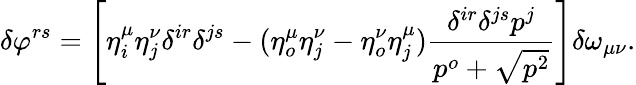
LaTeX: \delta\varphi^{rs}=\left[\eta_{i}^{\mu}\eta_{j}^{\nu}\delta^{ir}\delta^{js}-(\eta_{o}^{\mu}\eta_{j}^{\nu}-\eta_{o}^{\nu}\eta_{j}^{\mu})\frac{\delta^{ir}\delta^{js}p^{j}}{p^{o}+\sqrt{p^{2}}}\right]\delta\omega_{\mu\nu}.